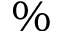
\%